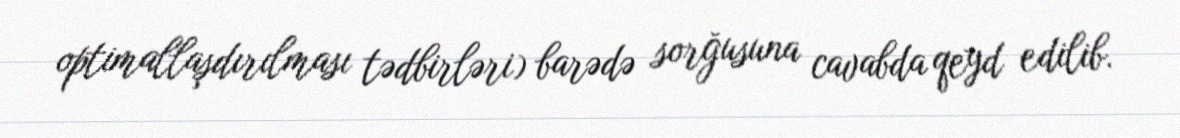
optimallaşdırılması tədbirləri) barədə sorğusuna cavabda qeyd edilib.